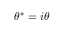
\theta ^ { * } = i \theta